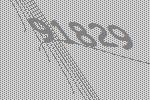
91829